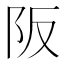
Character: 阪